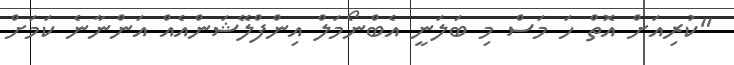
"ކުރިއަށް އޮތް ހަ މަސް މި ބަލަނީ އެބްނޯމަލް އިންފްލޭޝަންއެއް އަންނާނެ ކަމަށް